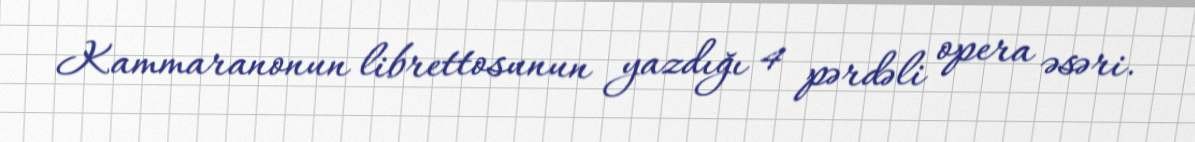
Kammaranonun librettosunun yazdığı 4 pərdəli opera əsəri.